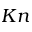
K n